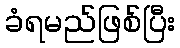
ခံရမည်ဖြစ်ပြီး